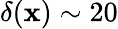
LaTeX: \delta(\mathbf{x})\sim20